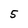
Character: 5